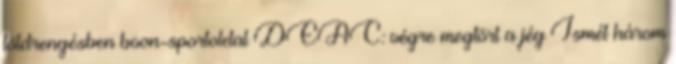
földrengésben boon-sportoldal DEAC: végre megtört a jég Ismét három